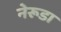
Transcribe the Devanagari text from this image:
नेरूडा